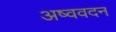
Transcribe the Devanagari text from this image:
अष्ववदन